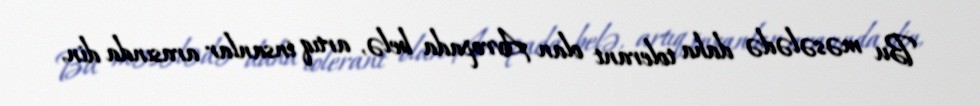
Bu məsələdə daha tolerant olan Avropada belə, artıq insanlar arasında din,